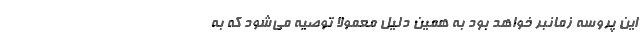
این پروسه زمانبر خواهد بود به همین دلیل معمولا توصیه می‌شود که به